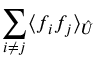
\sum _ { i \neq j } \langle { f _ { i } } { f _ { j } } \rangle _ { \hat { U } }